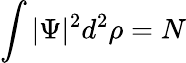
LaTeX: \int|\Psi|^{2}d^{2}\rho=N